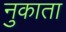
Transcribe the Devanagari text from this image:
नुकाता